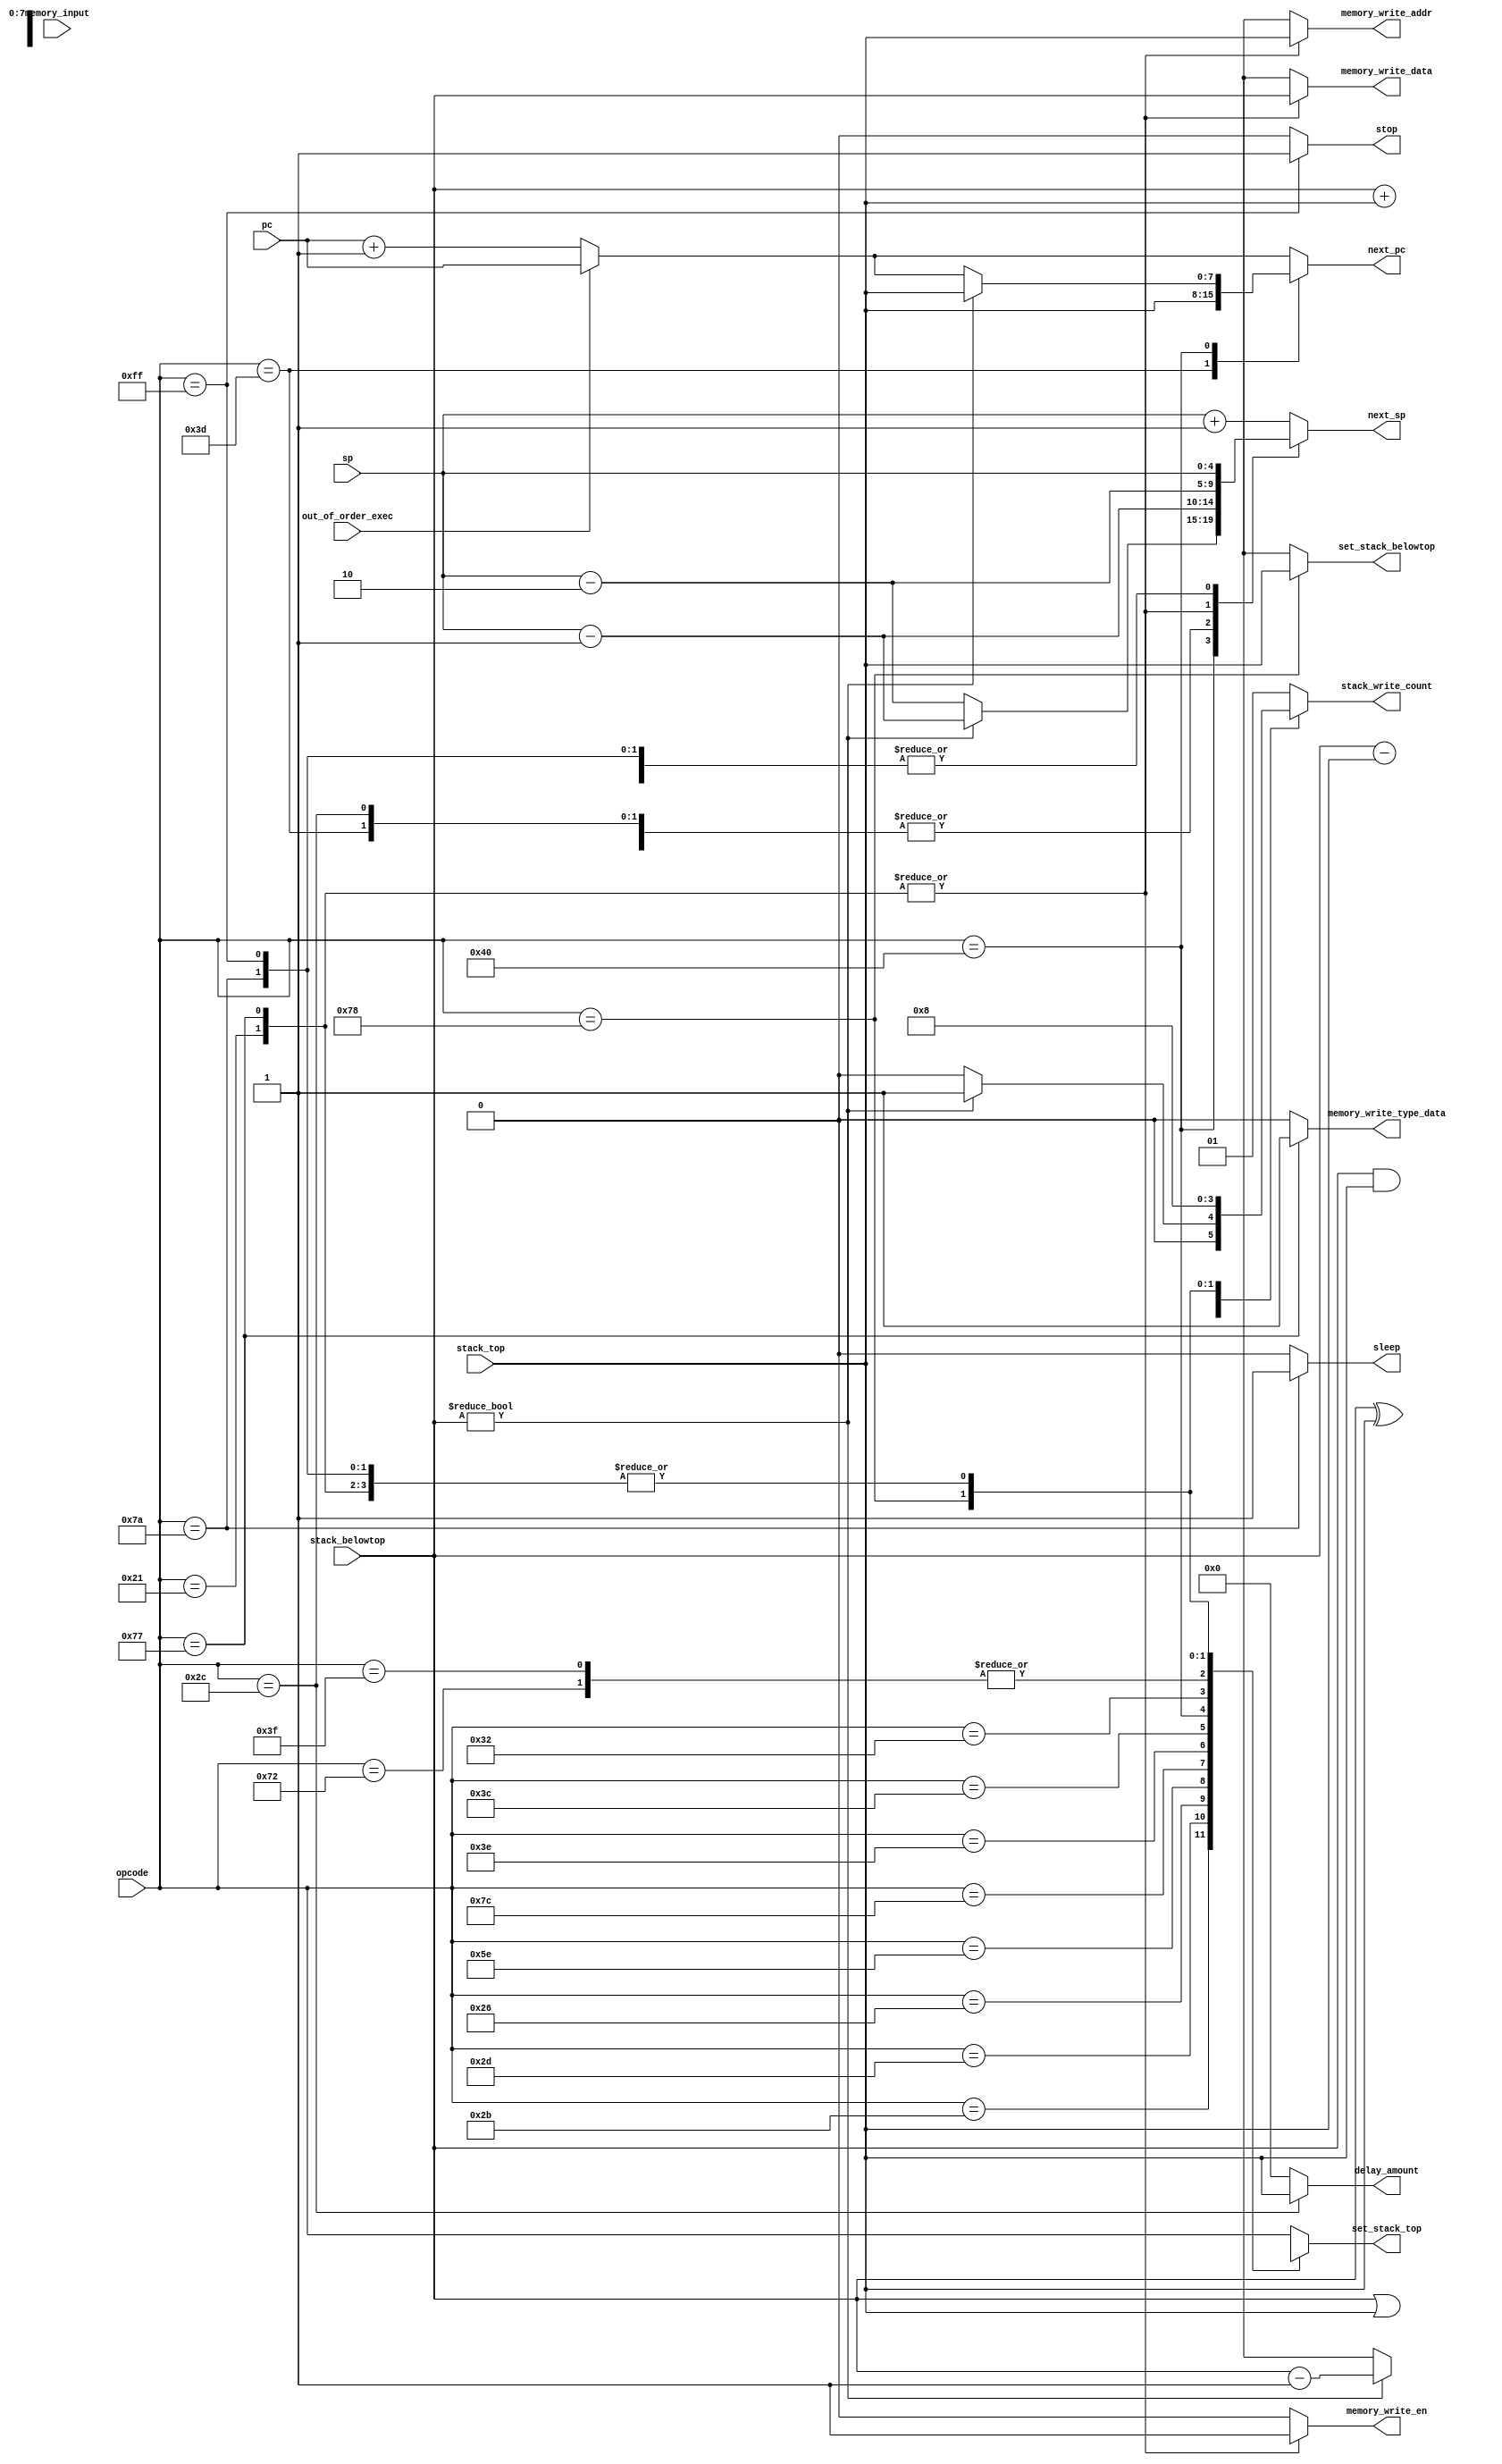
// This program was cloned from: https://github.com/urish/tt07-spell
// License: Apache License 2.0

// SPDX-FileCopyrightText:  2021 Uri Shaked <uri@wokwi.com>
// SPDX-License-Identifier: MIT

`default_nettype none

module spell_execute (
    input wire [7:0] opcode,
    input wire [7:0] pc,
    input wire [4:0] sp,
    input wire [7:0] stack_top,
    input wire [7:0] stack_belowtop,
    input wire [7:0] memory_input,
    input wire out_of_order_exec,
    output reg [7:0] next_pc,
    output reg [4:0] next_sp,
    output reg [1:0] stack_write_count,
    output reg [7:0] set_stack_top,
    output reg [7:0] set_stack_belowtop,
    output reg memory_write_en,
    output reg memory_write_type_data,
    output reg [7:0] memory_write_data,
    output reg [7:0] memory_write_addr,
    output reg [7:0] delay_amount,
    output reg sleep,
    output reg stop
);

  always @(*) begin
    next_pc = out_of_order_exec ? pc : pc + 8'd1;
    next_sp = sp;
    stack_write_count = 2'd0;
    set_stack_top = 8'dx;
    set_stack_belowtop = 8'dx;
    memory_write_en = 1'b0;
    memory_write_type_data = 1'b0;
    memory_write_addr = 8'dx;
    memory_write_data = 8'dx;
    sleep = 0;
    stop = 0;
    delay_amount = 0;

    case (opcode)
      "+": begin
        set_stack_top = stack_belowtop + stack_top;
        stack_write_count = 1;
        next_sp = sp - 1;
      end
      "-": begin
        set_stack_top = stack_belowtop - stack_top;
        stack_write_count = 1;
        next_sp = sp - 1;
      end
      "&": begin
        set_stack_top = stack_belowtop & stack_top;
        stack_write_count = 1;
        next_sp = sp - 1;
      end
      "^": begin
        set_stack_top = stack_belowtop ^ stack_top;
        stack_write_count = 1;
        next_sp = sp - 1;
      end
      "|": begin
        set_stack_top = stack_belowtop | stack_top;
        stack_write_count = 1;
        next_sp = sp - 1;
      end
      ">": begin
        set_stack_top = {1'b0, stack_top[7:1]};
        stack_write_count = 1;
      end
      "<": begin
        set_stack_top = {stack_top[6:0], 1'b0};
        stack_write_count = 1;
      end
      "=": begin
        next_pc = stack_top;
        next_sp = sp - 1;
      end
      "@": begin
        if (stack_belowtop != 8'd0) begin
          next_pc = stack_top;
          next_sp = sp - 1;
          set_stack_top = stack_belowtop - 1;
          stack_write_count = 1;
        end else begin
          next_sp = sp - 2;
        end
      end
      ",": begin
        delay_amount = stack_top;
        next_sp = sp - 1;
      end
      "2": begin
        set_stack_top = stack_top;
        stack_write_count = 1;
        next_sp = sp + 1;
      end
      "!": begin
        memory_write_en = 1'b1;
        memory_write_type_data = 1'b0;
        memory_write_addr = stack_top;
        memory_write_data = stack_belowtop;
        next_sp = sp - 2;
      end
      "?", "r": begin
        set_stack_top = memory_input;
        stack_write_count = 1;
      end
      "w": begin
        memory_write_en = 1'b1;
        memory_write_type_data = 1'b1;
        memory_write_addr = stack_top;
        memory_write_data = stack_belowtop;
        next_sp = sp - 2;
      end
      "x": begin
        set_stack_top = stack_belowtop;
        set_stack_belowtop = stack_top;
        stack_write_count = 2;
      end
      "z":   sleep = 1'b1;
      8'hff: stop = 1'b1;
      default: begin
        set_stack_top = opcode;
        stack_write_count = 1;
        next_sp = sp + 1;
      end
    endcase
  end
endmodule